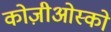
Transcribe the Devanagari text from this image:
कोज़ीओस्को